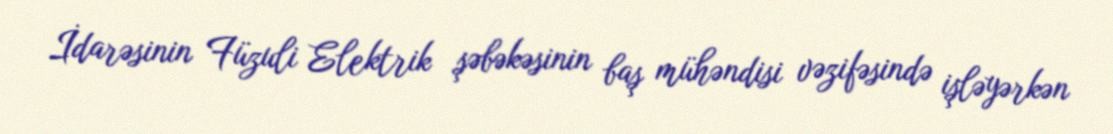
İdarəsinin Füzuli Elektrik şəbəkəsinin baş mühəndisi vəzifəsində işləyərkən